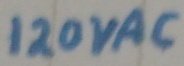
Text: 120VAC